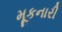
મૂકનારી